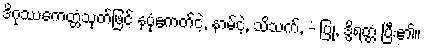
ဒိဂုဿေကတ္တံသုတ်ဖြင့် နပုံဧကတ်ငဲ့, နာမ်ငဲ့, သိသက်, -ံ ပြု, ဒွိရတ္တံ ပြီး၏။